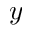
y